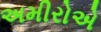
અમીરોએ